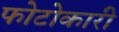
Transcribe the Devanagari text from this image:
फोटोकारी